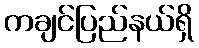
ကချင်ပြည်နယ်ရှိ